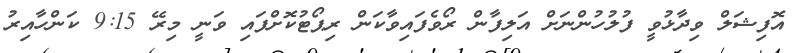
އޮފިޝަލް ވިދާޅުވީ ފުލުހުންނަށް އަލިފާން ރޯވެފައިވާކަން ރިޕޯޓުކޮށްފައި ވަނީ މިރޭ 9:15 ކަންހާއިރު